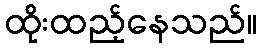
ထိုးထည့်နေသည်။